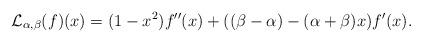
LaTeX: \begin{align*} \mathcal{L}_{\alpha,\beta}(f)(x) = (1-x^2)f''(x)+((\beta-\alpha)-(\alpha+\beta)x)f'(x).\end{align*}